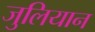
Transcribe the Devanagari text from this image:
जुलियान